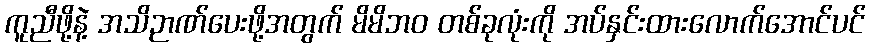
ကူညီဖို့နဲ့ အသိဉာဏ်ပေးဖို့အတွက် မိမိဘဝ တစ်ခုလုံးကို အပ်နှင်းထားလောက်အောင်ပင်